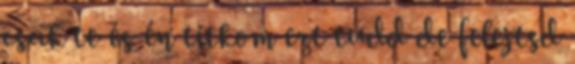
csak te és én titkom ezt tudd de felejtsd